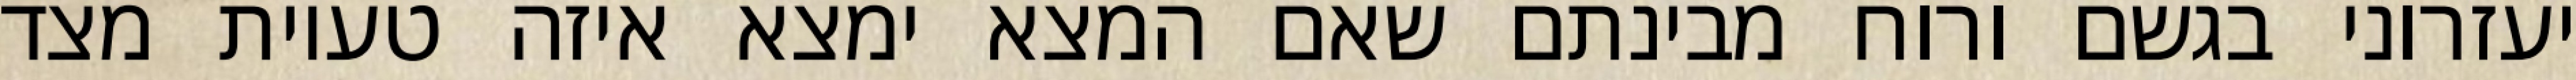
יעזרוני בגשם ורוח מבינתם שאם המצא ימצא איזה טעיות מצד